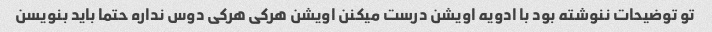
تو توضیحات ننوشته بود با ادویه اویشن درست میکنن اویشن هرکی هرکی دوس نداره حتما باید بنویسن